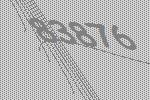
83876